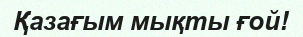
Қазағым мықты ғой!